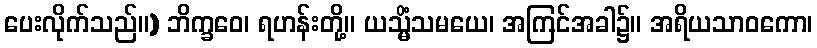
ပေးလိုက်သည်။) ဘိက္ခဝေ၊ ရဟန်းတို့။ ယသ္မိံသမယေ၊ အကြင်အခါ၌။ အရိယသာဝကော၊